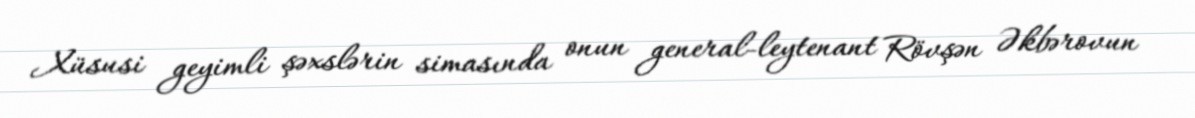
Xüsusi geyimli şəxslərin simasında onun general-leytenant Rövşən Əkbərovun